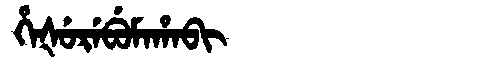
Manchu: ᡥᡝᡧᡠᡵᡝᠪᡠᠮᠠᡥᠠᠪᡳ
Romanization: HEŠUREBUMAHABI